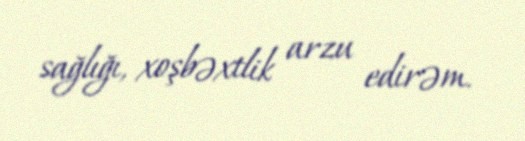
sağlığı, xoşbəxtlik arzu edirəm.